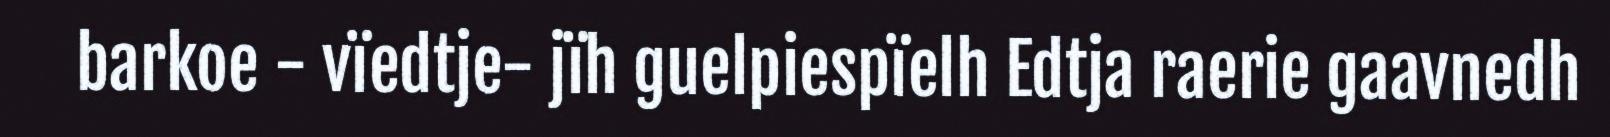
barkoe - vïedtje- jïh guelpiespïelh Edtja raerie gaavnedh